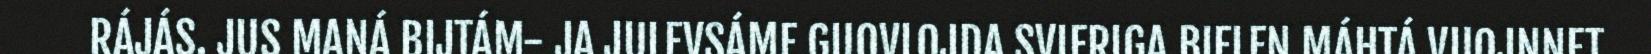
RÁJÁS. JUS MANÁ BIJTÁM- JA JULEVSÁME GUOVLOJDA SVIERIGA BIELEN MÁHTÁ VUOJNNET